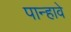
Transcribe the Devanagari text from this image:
पान्हावे